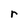
Character: r